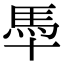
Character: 䭴